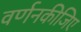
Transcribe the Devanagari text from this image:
वर्णनकीजिए